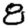
Digit: 8